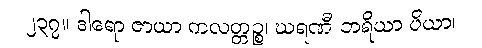
၂၃၇။ ဒါရော ဇာယာ ကလတ္တဉ္စ၊ ဃရဏီ ဘရိယာ ပိယာ၊